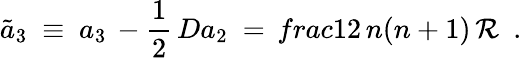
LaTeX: \tilde{a}_{3}\ \equiv\ a_{3}\, -{\frac{1}{2}}\, Da_{2}\ =\, frac{1}{2}\, n(n+1)\, {\cal R}\ \ .